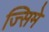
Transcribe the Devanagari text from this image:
ज्सिमे